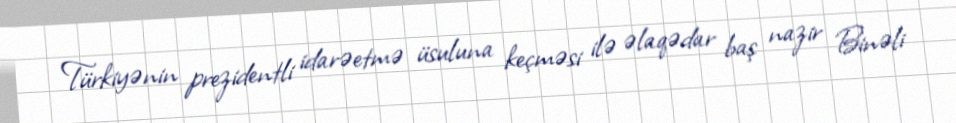
Türkiyənin prezidentli idarəetmə üsuluna keçməsi ilə əlaqədar baş nazir Binəli